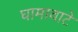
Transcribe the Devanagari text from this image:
घामावाटे